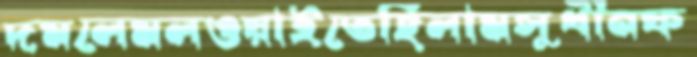
দমলেমলওয়াইতেছিলামসুধীনফ